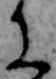
に